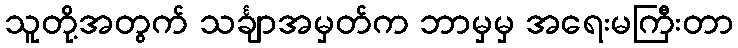
သူတို့အတွက် သင်္ချာအမှတ်က ဘာမှမှ အရေးမကြီးတာ